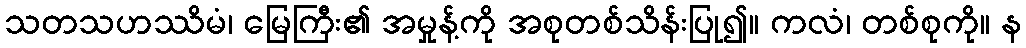
သတသဟဿိမံ၊ မြေကြီး၏ အမှုန့်ကို အစုတစ်သိန်းပြု၍။ ကလံ၊ တစ်စုကို။ န